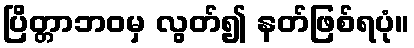
ပြိတ္တာဘဝမှ လွတ်၍ နတ်ဖြစ်ရပုံ။